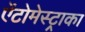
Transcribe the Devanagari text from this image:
ऐंटोमेस्ट्राका